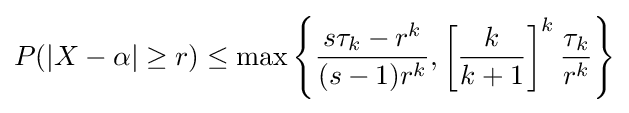
{\begin{aligned}P(|X-\alpha |\geq r)\leq \max \left\{{\frac {s\tau _{k}-r^{k}}{(s-1)r^{k}}},\left[{\frac {k}{k+1}}\right]^{k}{\frac {\tau _{k}}{r^{k}}}\right\}\\\end{aligned}}